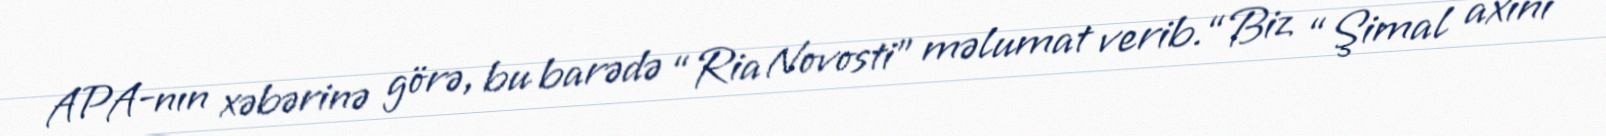
APA-nın xəbərinə görə, bu barədə “Ria Novosti” məlumat verib.“Biz “Şimal axını